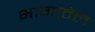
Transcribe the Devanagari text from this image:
भागातेल